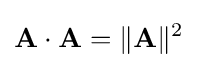
\mathbf {A} \cdot \mathbf {A} =\|\mathbf {A} \|^{2}